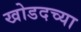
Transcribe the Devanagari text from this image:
खोडदच्या